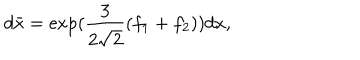
d \bar { x } = \exp ( \frac { 3 } { 2 \sqrt { 2 } } ( f _ { 1 } + f _ { 2 } ) ) d x ,